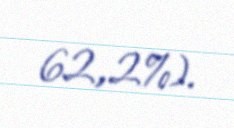
62,2%).